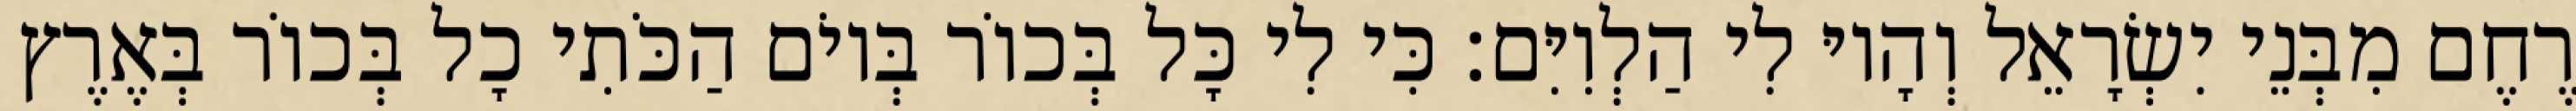
רֶחֶם מִבְּנֵי יִשְׂרָאֵל וְהָיוּ לִי הַלְוִיִּם׃ כִּי לִי כָּל בְּכוֹר בְּיוֹם הַכֹּתִי כָל בְּכוֹר בְּאֶרֶץ